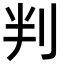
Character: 判